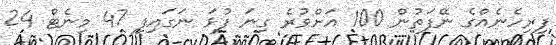
ފިރިހެނެއްގެ ނޭފަތުން 100 އަށްވުރެ ގިނަ ފުޅަ ނަގައިފި 47 މިނެޓް 24